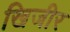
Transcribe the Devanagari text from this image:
खिजीर